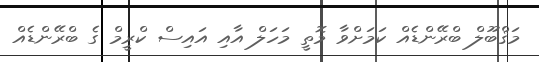
މަޤްބޫލް ބްރޭންޑެއް ކަމަށްވާ މޮތީ މަހަލް އާއި އައިސް ކްރީމް ގެ ބްރޭންޑެއް